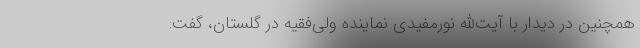
همچنین در دیدار با آیت‌الله نورمفیدی نماینده ولی‌فقیه در گلستان، گفت: